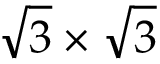
{ \sqrt { 3 } } \times { \sqrt { 3 } }